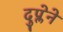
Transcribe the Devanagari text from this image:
दुप्लेने